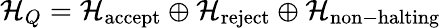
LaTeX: {\mathcal{H}}_{Q}={\mathcal{H}}_{\mathrm{accept}}\oplus{\mathcal{H}}_{\mathrm{reject}}\oplus{\mathcal{H}}_{\mathrm{non-halting}}